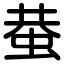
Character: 蛬